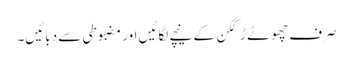
صرف چھوٹے ڑککن کے نیچے لگائیں اور مضبوطی سے دبائیں۔